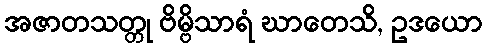
အဇာတသတ္တု ဗိမ္ဗိသာရံ ဃာတေသိ, ဥဒယော